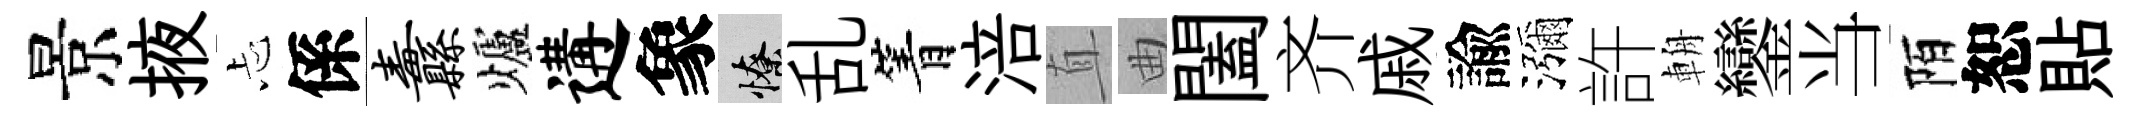
景掖忐係纛爐遘象憭乱箐涪直曲闔齐戚諭瀰許輈鑾当陌恕貼